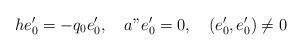
LaTeX: \begin{align*}he'_0=-q_0e'_0,\quad a"e'_0=0,\quad (e'_0,e'_0)\neq 0\end{align*}